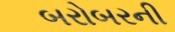
બરોબરની